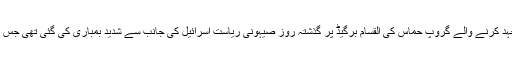
یاد رہے کہ مقبوضہ فلسطین میں آزادی کی مسلح جد و جہد کرنے والے گروپ حماس کی القسام برگیڈ پر گذشتہ روز صیہونی ریاست اسرائیل کی جانب سے شدید بمباری کی گئی تھی جس کے نتیجے میں حماس کے دو مجاہدین شہید ہوئے تھے۔